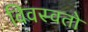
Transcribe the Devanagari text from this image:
विवस्वतो